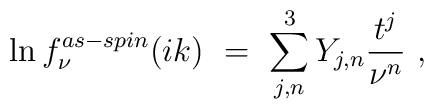
\ln f^{as-spin}_{\nu}(ik)\ =\ \sum_{j,n}^3 Y_{j,n}\frac{t^j}{\nu^n}\ ,